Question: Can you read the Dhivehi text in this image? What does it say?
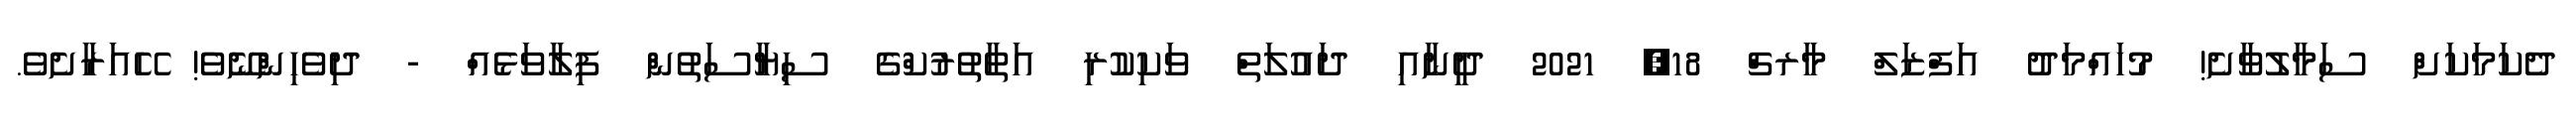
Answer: ދެކަމަކަށް ސަމާލުވާށެ! މުހައްމަދު އަފްޒަލް މާރޗް 18, 2021 ދީނާއި ދައުލަތް ވަކިކުރި އަތާތުރުކްގެ ސިޔާސަތުން ފިލާވަޅެއް - ދިވެހިންނޭވެ! ހޭއަރާށެވެ.